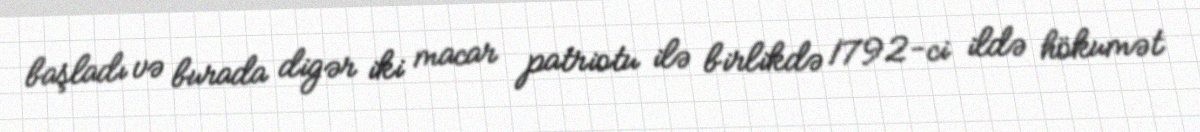
başladı və burada digər iki macar patriotu ilə birlikdə 1792-ci ildə hökumət